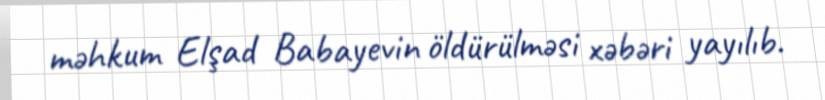
məhkum Elşad Babayevin öldürülməsi xəbəri yayılıb.